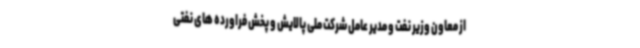
از معاون وزیر نفت و مدیر عامل شرکت ملی پالایش و پخش فراورده های نفتی